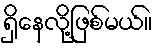
ရှိနေလို့ဖြစ်မယ်။